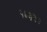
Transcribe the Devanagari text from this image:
१८३२।